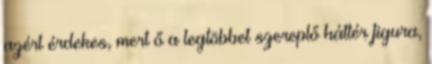
azért érdekes, mert ő a legtöbbet szereplő háttér figura,